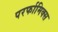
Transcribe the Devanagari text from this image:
परर्फामिक्स